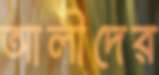
আলীদের